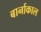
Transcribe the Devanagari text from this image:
बार्नाकाल